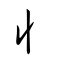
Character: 丩